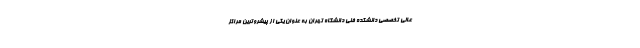
عالی تخصصی دانشکده فنی دانشگاه تهران به عنوان یکی از پیشروترین مراکز